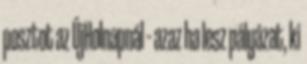
posztot az ÚjHolnapnál – azaz ha lesz pályázat, ki